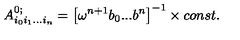
A _ { i _ { 0 } i _ { 1 } . . . i _ { n } } ^ { 0 ; } = \left[ \omega ^ { n + 1 } b _ { 0 } . . . b ^ { n } \right] ^ { - 1 } \times c o n s t .